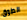
الطوق